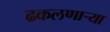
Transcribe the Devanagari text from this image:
ढकलणाऱ्या